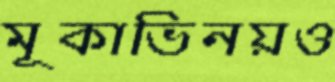
মূকাভিনয়ও